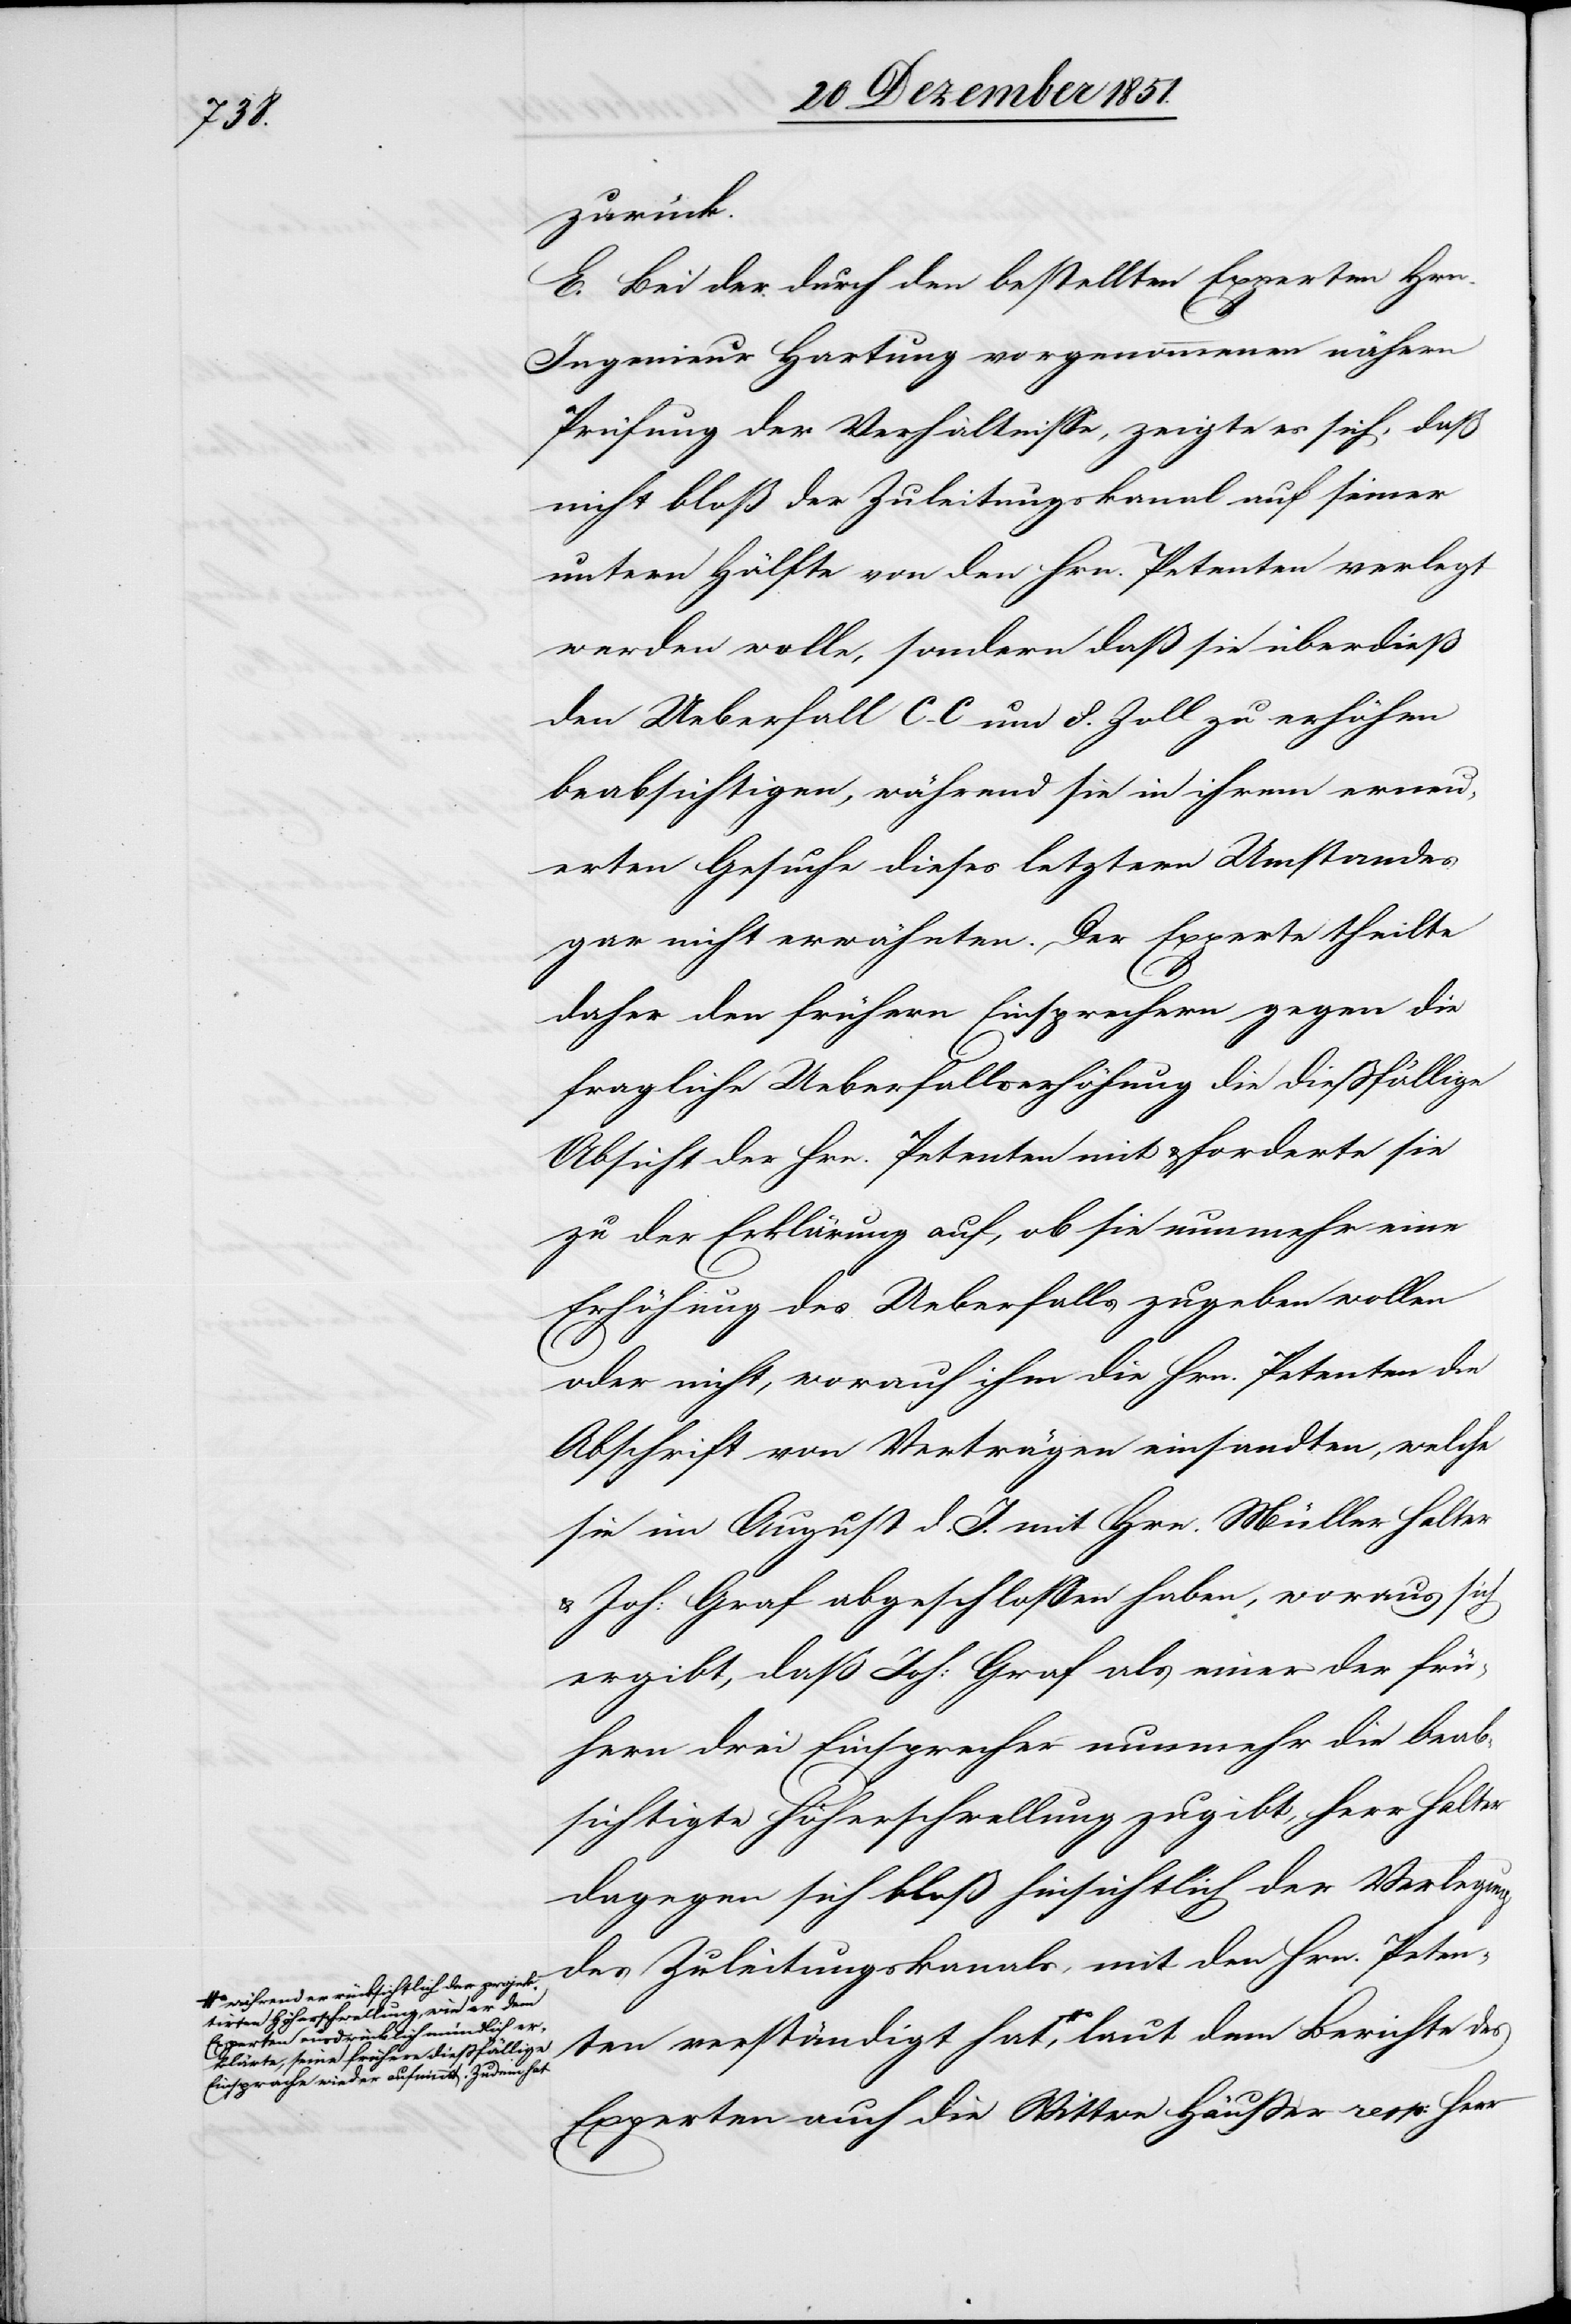
Exp¬

tirten Höherschwellung, wie er dem
erten ausdrücklich mündlich er¬
klärte, seine frühere dießfällige
Einsprache wieder aufnimmt. Zudem hat-a

zurück.
E. Bei der durch den bestellten Experten Hrn.
Ingenieur Hartung vorgenommenen nähern
Prüfung der Verhältnisse, zeigte es sich, daß
nicht bloß der Zuleitungskanal auf seiner
untern Hälfte von den Hrn. Petenten verlegt
werden wolle, sondern daß sie überdieß
den Ueberfall C-C um 8. Zoll zu erhöhen
beabsichtigen, während sie in ihrem erneu¬
erten Gesuche dieses letztern Umstandes
gar nicht erwähnten. Der Experte theilte
daher den frühern Einsprechern gegen die
fragliche Ueberfallserhöhung die dießfällige
Absicht der Hrn. Petenten mit & forderte sie
zu der Erklärung auf, ob sie nunmehr eine
Erhöhung des Ueberfalls zugeben wollen
oder nicht, worauf ihm die Hrn. Petenten die
Abschrift von Verträgen einsandten, welche
sie im August d. J. mit Hrn. Müller Halter
Joh: Graf abgeschlossen haben, woraus sich
ergibt, daß Joh: Graf als einer der frü¬
hern drei Einsprecher nunmehr die beab¬
sichtigte Höherschwellung zugibt, Herr Halter
dagegen sich bloß hinsichtlich der Verlegung
des Zuleitungskanals, mit den Hrn. Peten¬
ten verständigt hat, a-während er rücksichtlich
Experten auch die Wittwe Häußer resp: Herr